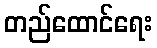
တည်ထောင်ရေး